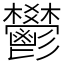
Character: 鬰